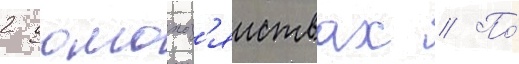
2 домохоз'яиствах // По́